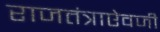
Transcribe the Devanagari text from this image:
राजतंत्राऐवजी